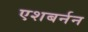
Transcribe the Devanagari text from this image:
एशबर्नन